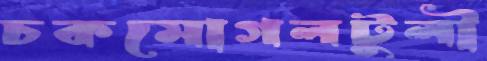
চকমোগলটুলী